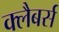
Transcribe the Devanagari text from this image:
क्लैबर्स